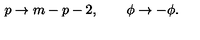
p \to m - p - 2 , \qquad \phi \to - \phi .